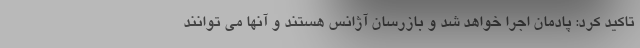
تاکید کرد: پادمان اجرا خواهد شد و بازرسان آژانس هستند و آنها می توانند